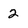
Character: 2